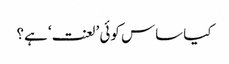
کیا ساس کوئی ’لعنت‘ ہے؟